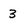
Character: 3